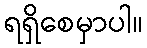
ရရှိစေမှာပါ။